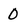
Character: 0